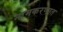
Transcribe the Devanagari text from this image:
नामकरणात